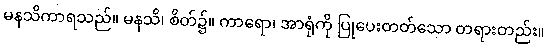
မနသိကာရသည်။ မနသိ၊ စိတ်၌။ ကာရော၊ အာရုံကို ပြုပေးတတ်သော တရားတည်း။